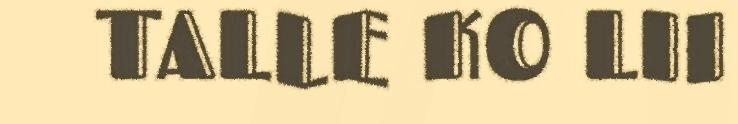
TALLE KO LII